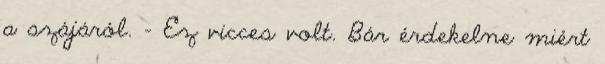
a szájáról. - Ez vicces volt. Bár érdekelne miért